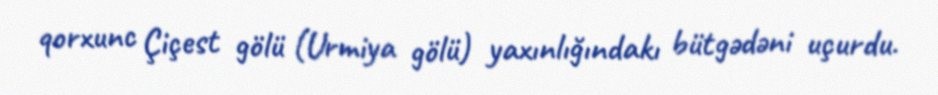
qorxunc Çiçest gölü (Urmiya gölü) yaxınlığındakı bütgədəni uçurdu.